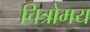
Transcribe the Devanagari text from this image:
चित्रोमय